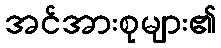
အင်အားစုများ၏